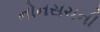
નોનસચની